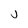
Character: j